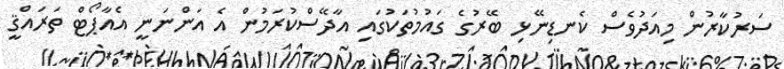
ސަރުކާރުން މިއަދުވެސް ކެނޑިނޭޅި ބޭރުގެ ގައުމުތަކުގައި އާދޭސްކުރަމުން އެ އަންނަނީ އެއާޕޯޓް ތަރައްޤީ